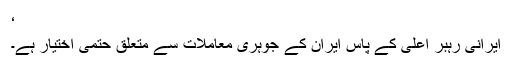
‘
ایرانی رہبرِ اعلیٰ کے پاس ایران کے جوہری معاملات سے متعلق حتمی اختیار ہے۔